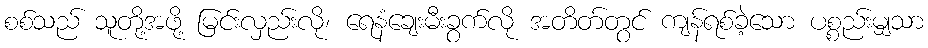
စစ်သည် သူတို့အဖို့ မြင်းလှည်းလို၊ ရေနံချေးမီးခွက်လို အတိတ်တွင် ကျန်ရစ်ခဲ့သော ပစ္စည်းမျှသာ